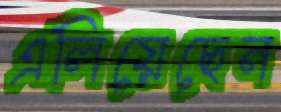
এলিয়েছেন